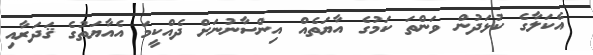
އެކަލާގެ ކުޅަދުން ވަންތަ ކަމުގެ އާޔަތެއް އިންސާނުނަށް ދެއްކީމަ އެއާޔަތުގެ ޤަދަރާއި